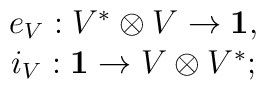
\begin{array}{c}e_V: V^*\otimes V\to {\bf 1}, \\i_V:{\bf 1}\to V\otimes V^*;\end{array}